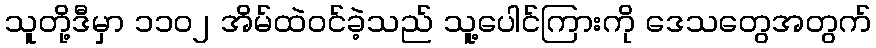
သူတို့ဒီမှာ ၁၁၀၂ အိမ်ထဲဝင်ခဲ့သည် သူ့ပေါင်ကြားကို ဒေသတွေအတွက်